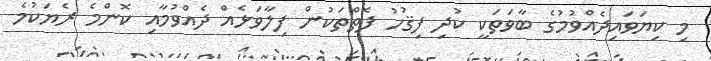
މި ކިޔަވައިދެއްވުމުގެ ބާވަތަކީ ކުދި ފިޤުހު ފޮތްތަކުން ފިލާވަޅެއް ދެއްވުމާއި ކޮންމެ ރެޔަކުމެ